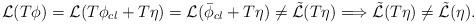
LaTeX: \begin{align*}{\cal {L}}(T\phi )={\cal {L}}(T\phi _{cl}+T\eta )={\cal {L}}(\bar{\phi }_{cl}+T\eta )\neq {\cal {\tilde{L}}}(T\eta )\Longrightarrow {\cal {\tilde{L}}}(T\eta )\neq {\cal {\tilde{L}}}(\eta ).\end{align*}